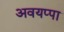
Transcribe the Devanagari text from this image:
अवयप्पा